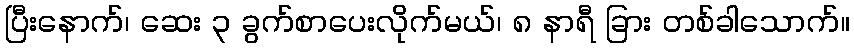
ပြီးနောက်၊ ဆေး ၃ ခွက်စာပေးလိုက်မယ်၊ ၈ နာရီ ခြား တစ်ခါသောက်။